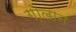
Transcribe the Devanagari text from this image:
गो्लान